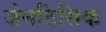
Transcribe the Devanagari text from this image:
जेनटिसिक